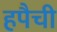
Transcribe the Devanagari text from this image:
हपैची